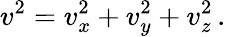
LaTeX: v^{2}=v_{x}^{2}+v_{y}^{2}+v_{z}^{2}\, .